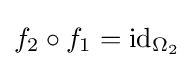
f_{2}\circ f_{1}=\operatorname {id} _{\Omega _{2}}